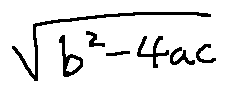
\sqrt { b ^ { 2 } - 4 a c }